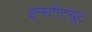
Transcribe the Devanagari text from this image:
इन्‍स्‍टीटयूट